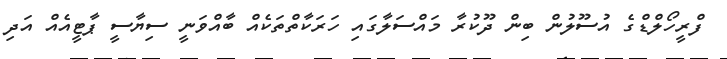
ފްރީހޯލްޑްގެ އުސޫލުން ބިން ދޫކުރާ މައްސަލާގައި ހަރަކާތްތަކެއް ބާއްވަނީ ސިޔާސީ ޕާޓީއެއް އަދި